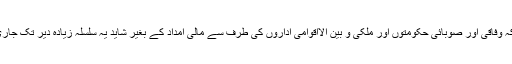
تاہم، اُن کا کہنا تھا کہ وفاقی اور صوبائی حکومتوں اور ملکی و بین الااقوامی اداروں کی طرف سے مالی امداد کے بغیر شاید یہ سلسلہ زیادہ دیر تک جاری نہ رکھا جا سکے۔